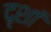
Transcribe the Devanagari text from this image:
दृशां